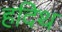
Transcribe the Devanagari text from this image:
हदिथ